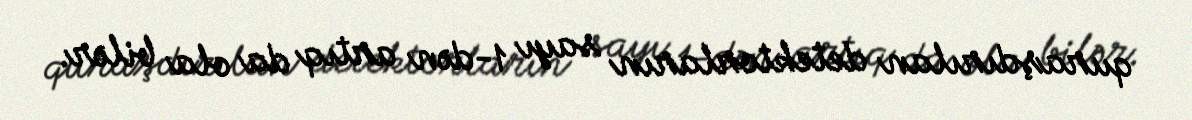
quraşdırılan detektorların sayı 1-dən artıq da ola bilər.